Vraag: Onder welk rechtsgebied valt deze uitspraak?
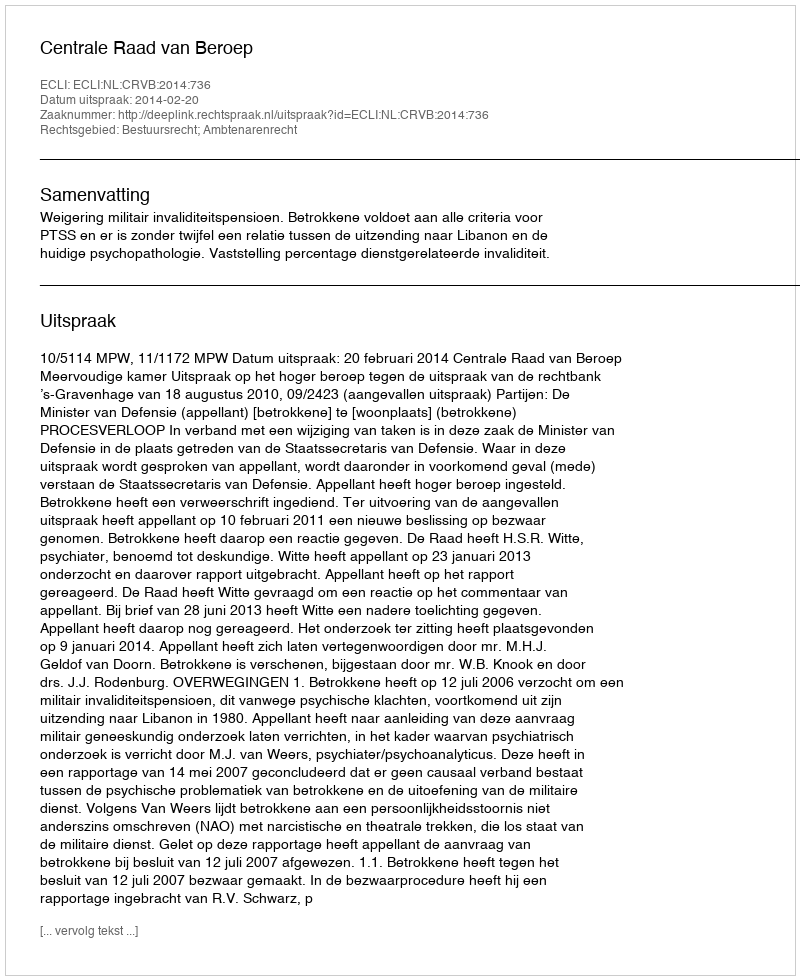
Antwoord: Bestuursrecht; Ambtenarenrecht